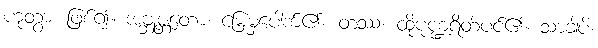
ဟုတွာ၊ ဖြစ်၍။ အဗ္ဘုဇ္တတော၊ မြေမှပေါက်၏။ တဿ၊ ထိုပုဏ္ဍရိတ်ပင်၏။ သာခါပိ၊